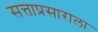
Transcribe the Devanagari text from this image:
सत्ताप्रसाराला